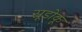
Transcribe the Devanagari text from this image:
सूडोकू